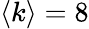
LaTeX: \langle k\rangle=8